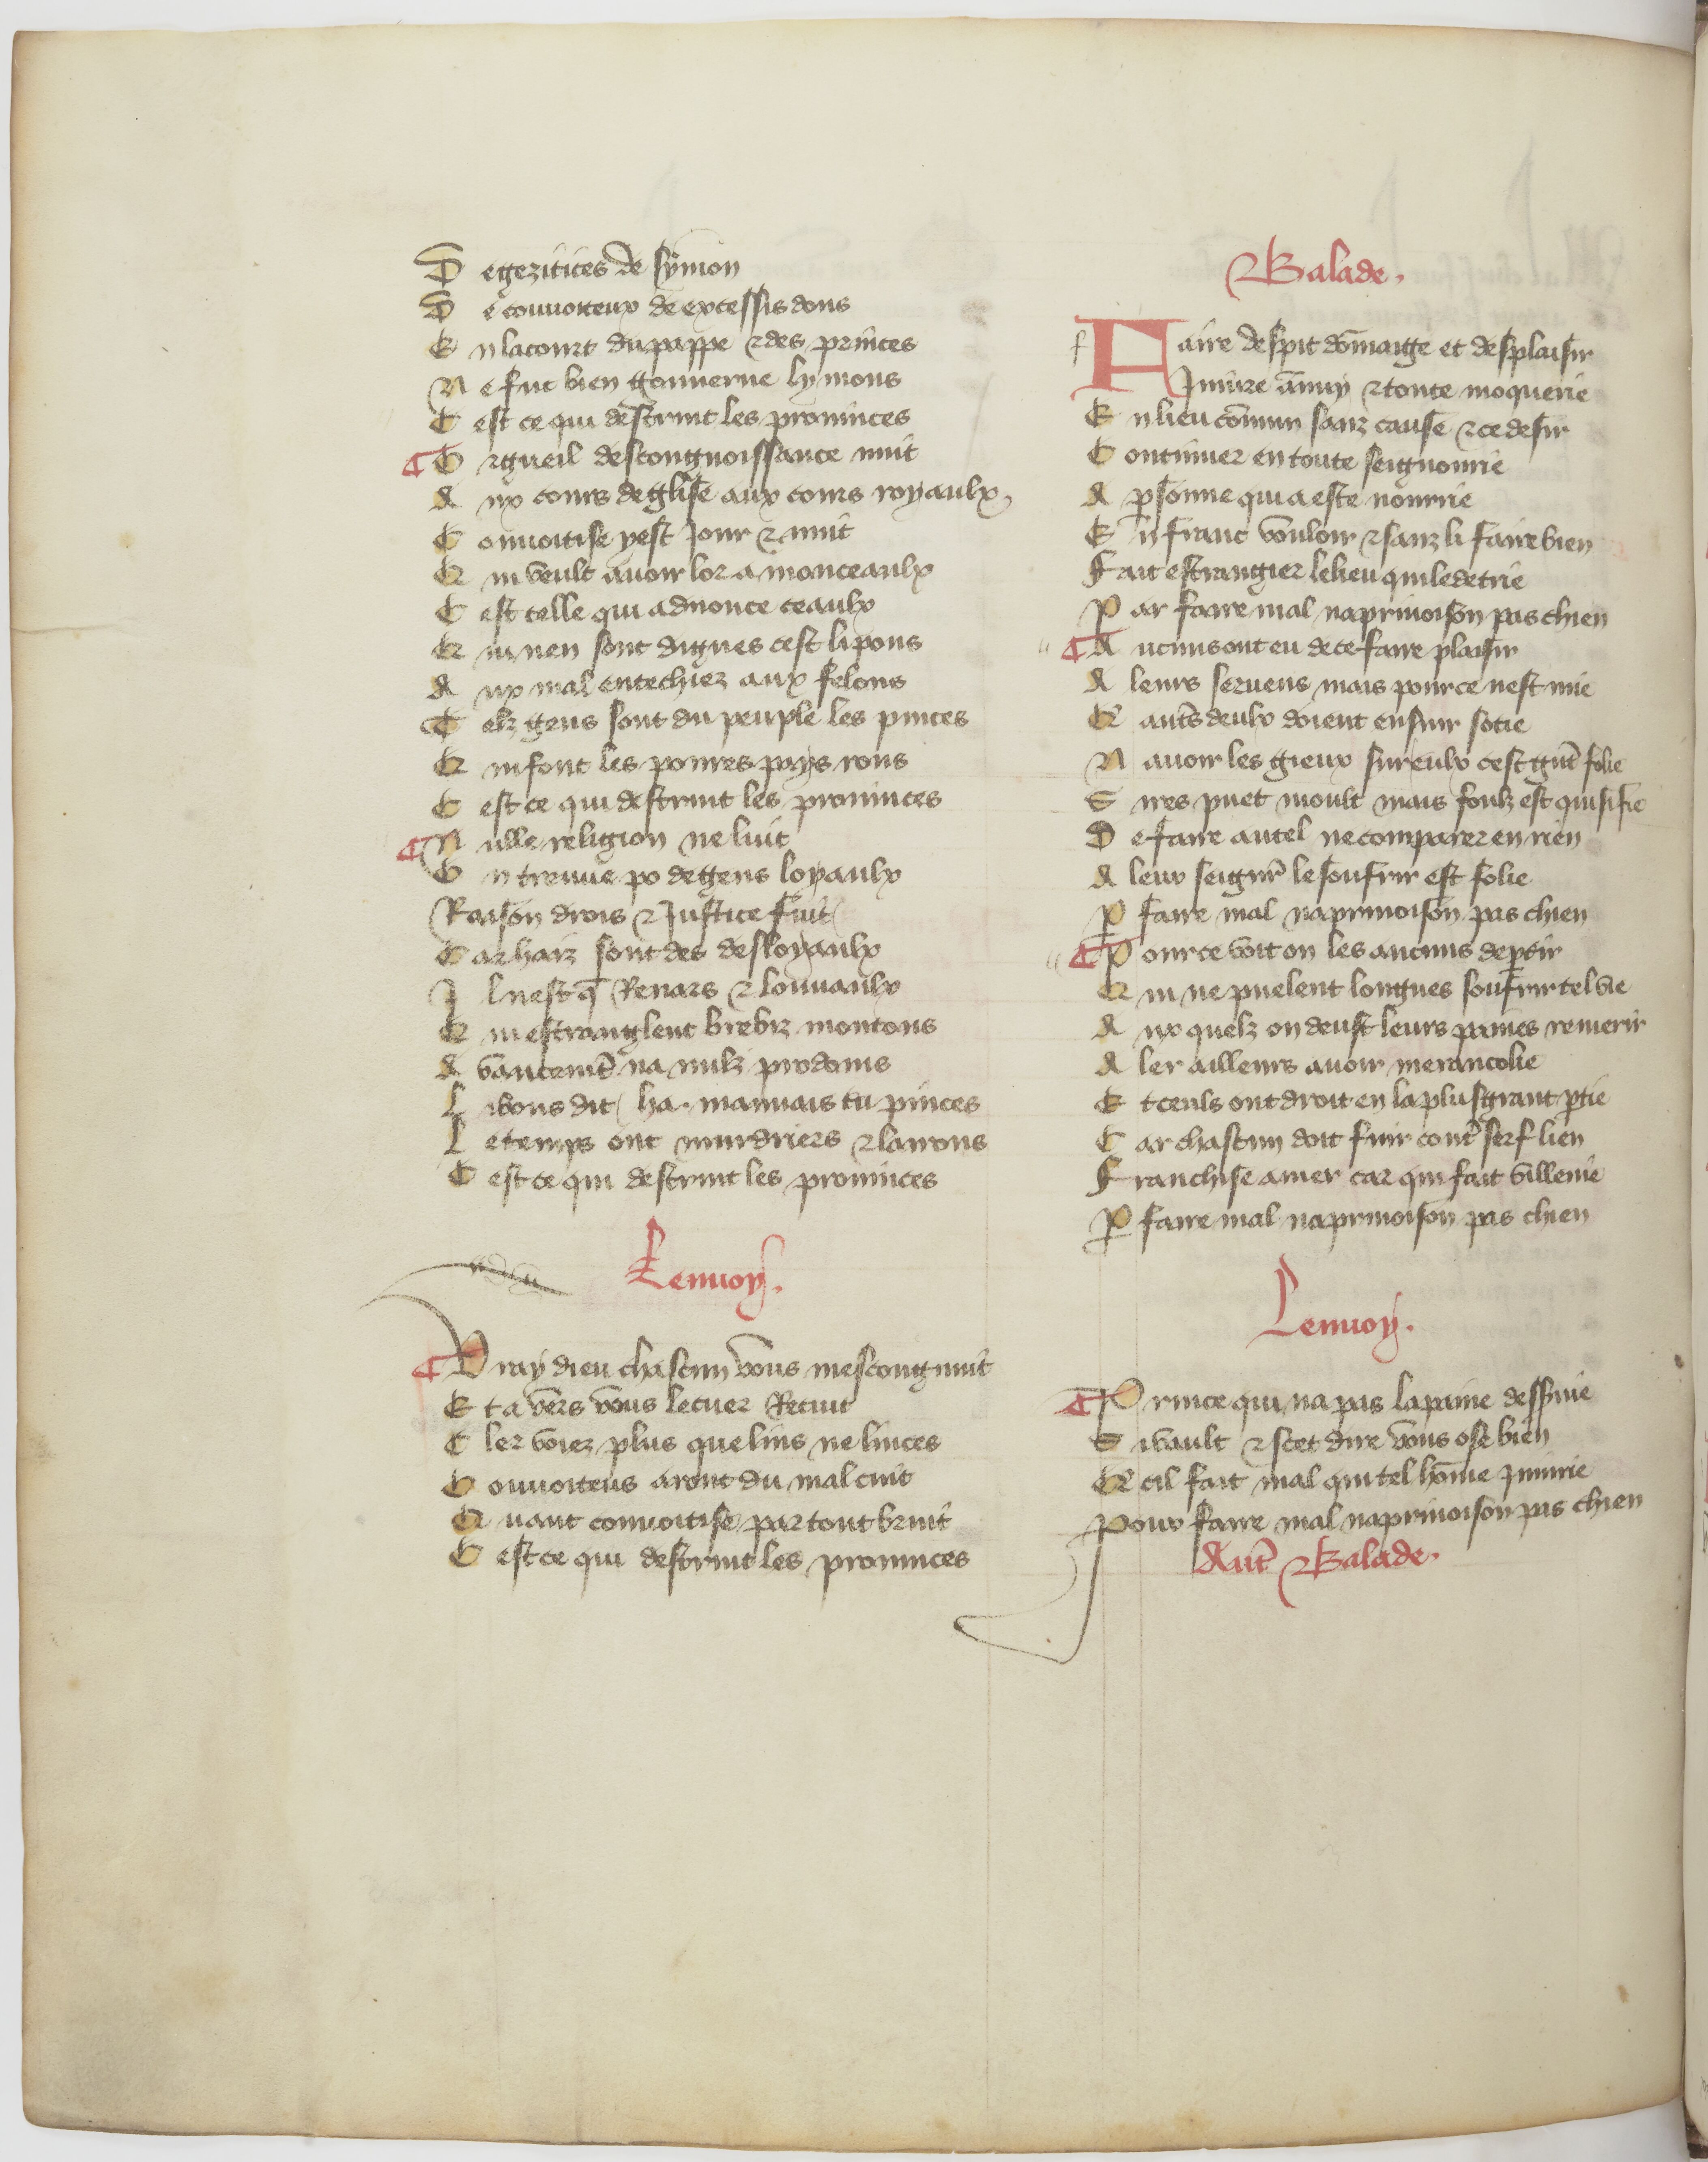
Shelfmark: Paris, BnF, fr. 840
Century: 14